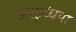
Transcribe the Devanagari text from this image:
असुध्धिया